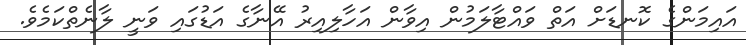
އައިމަންގެ ކޮނޑަށް އަތް ވައްޓާލަމުން އިވާން އަހާލިއިރު އޭނާގެ އަޑުގައި ވަނީ ލާނެތްކަމެވެ.